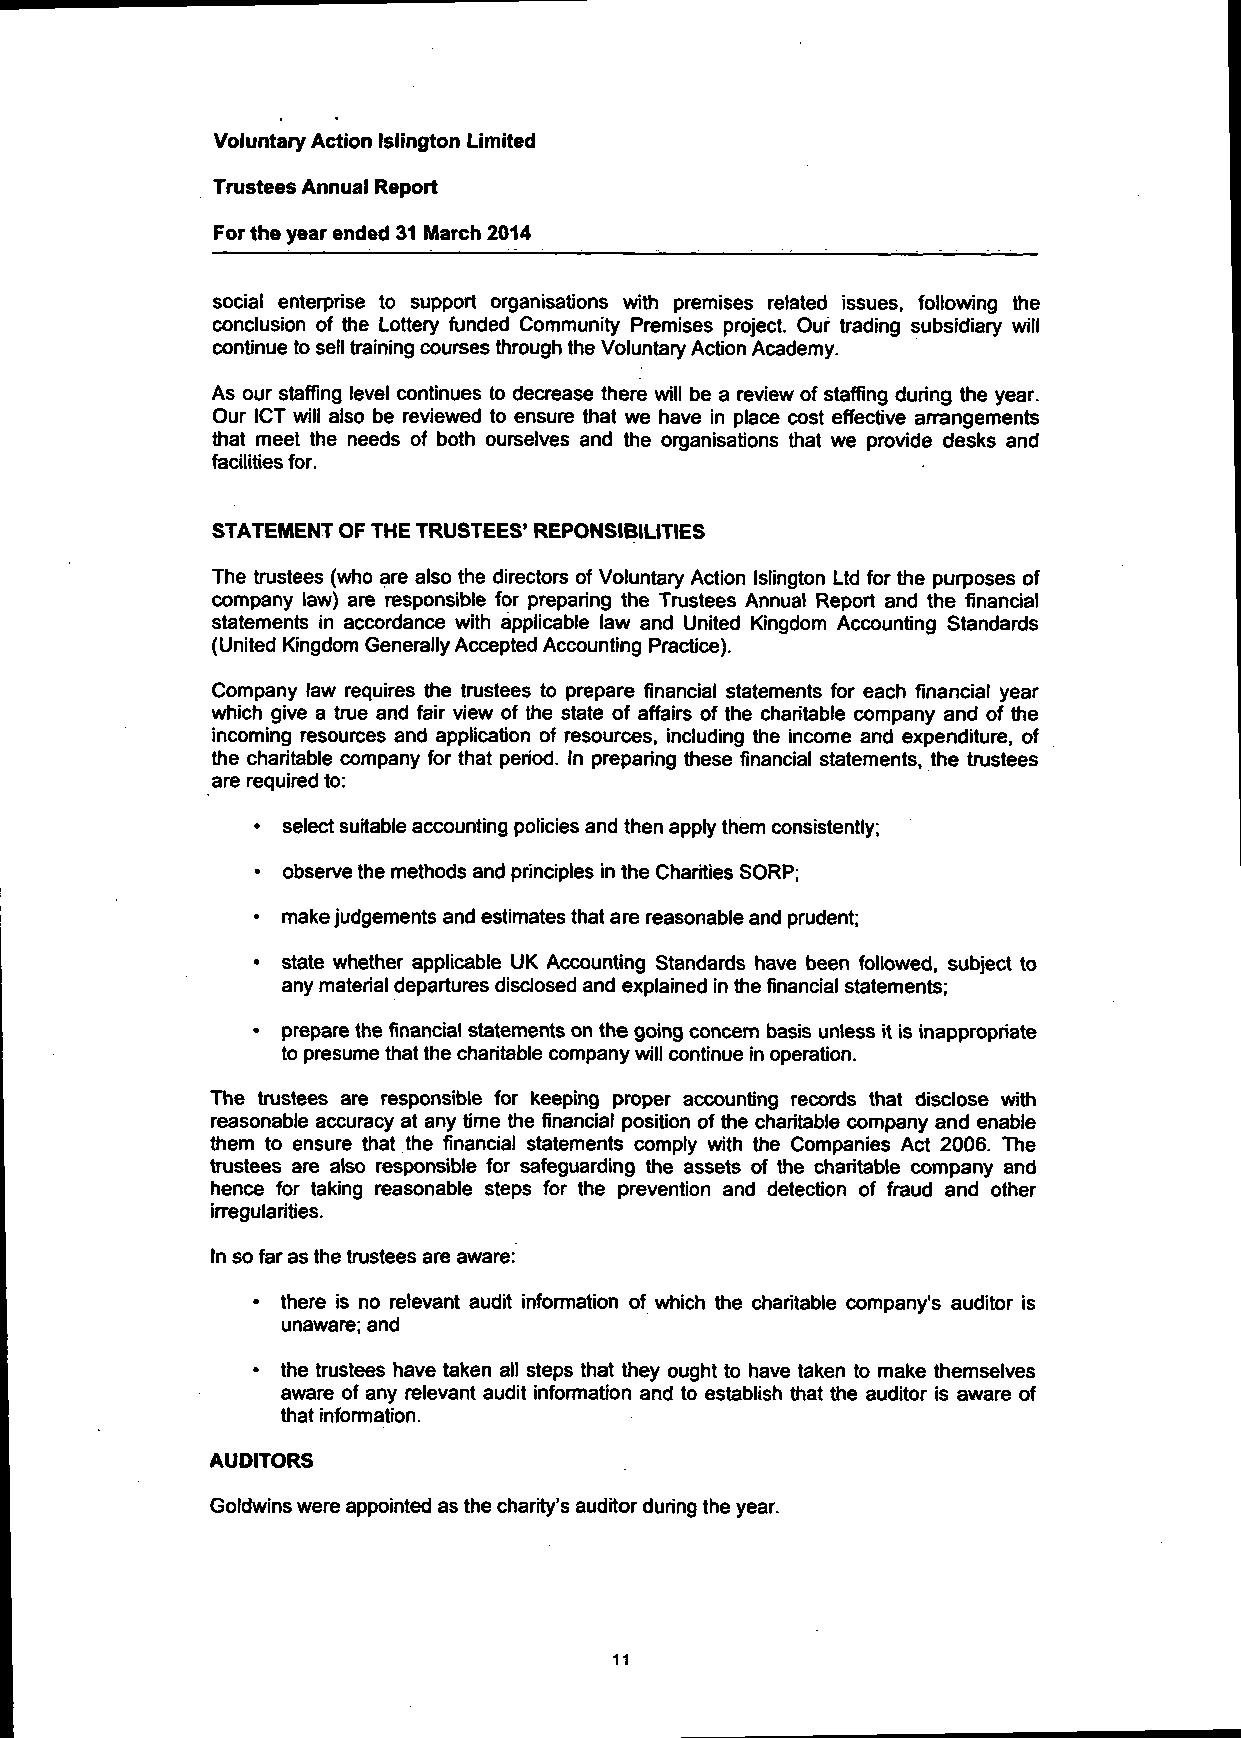
Voluntary Action Islington Limited
 Trustees Annual Report
 For the year ended 31 March 2014
 social enterprise to support organisations with premises related issues, following the
 conclusion of the Lottery funded Community Premises project. Our trading subsidiary will
 continue to sell training courses through the Voluntary Action Academy.
 As our staffing level continues to decrease there will be a review of staffing during the year.
 Our ICT will also be reviewed to ensure that we have in place cost effective arrangements
 that meet the needs of both ourselves and the organisations that we provide desks and
 facilities for.
 STATEMENT OF THE TRUSTEES' REPONSIBILITIES
 The trustees (who are also the directors of Voluntary Action Islington Ltd for the purposes of
 company law) are responsible for preparing the Trustees Annual Report and the financial
 statements in accordance with applicable law and United Kingdom Accounting Standards
 (United Kingdom Generally Accepted Accounting Practice).
 Company law requires the trustees to prepare financial statements for each financial year
 which give a true and fair view of the state of affairs of the charitable company and of the
 incoming resources and application of resources, including the income and expenditure, of
 the charitable company for that period. In preparing these financial statements, the trustees
 are required to:
 • select suitable accounting policies and then apply them consistently;
 • observe the methods and principles in the Charities SORP;
 • make judgements and estimates that are reasonable and prudent;
 • state whether applicable UK Accounting Standards have been followed, subject to
 any material departures disclosed and explained in the financial statements;
 • prepare the financial statements on the going concern basis unless it is inappropriate
 to presume that the charitable company will continue in operation.
 The trustees are responsible for keeping proper accounting records that disclose with
 reasonable accuracy at any time the financial position of the charitable company and enable
 them to ensure that the financial statements comply with the Companies Act 2006. The
 trustees are also responsible for safeguarding the assets of the charitable company and
 hence for taking reasonable steps for the prevention and detection of fraud and other
 irregularities.
 In so far as the trustees are aware:
 • there is no relevant audit information of which the charitable company's auditor is
 unaware; and
 • the trustees have taken all steps that they ought to have taken to make themselves
 aware of any relevant audit information and to establish that the auditor is aware of
 that information.
 AUDITORS
 Goldwins were appointed as the charity's auditor during the year.
 11